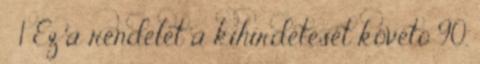
§ 1 Ez a rendelet a kihirdetését követõ 90.